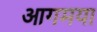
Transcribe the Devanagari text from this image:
आगमया